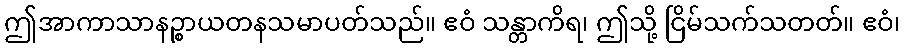
ဤအာကာသာနဉ္စာယတနသမာပတ်သည်။ ဧဝံ သန္တာကိရ၊ ဤသို့ ငြိမ်သက်သတတ်။ ဧဝံ၊